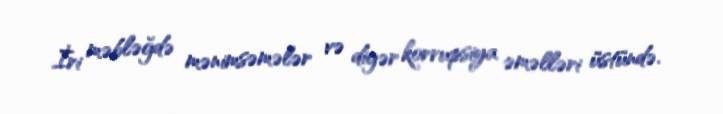
İri məbləğdə mənimsəmələr və digər korrupsiya əməlləri üstündə.